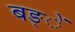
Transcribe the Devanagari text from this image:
बङ्ें